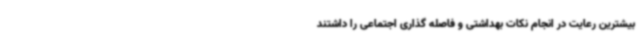
بیشترین رعایت در انجام نکات بهداشتی و فاصله گذاری اجتماعی را داشتند